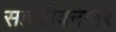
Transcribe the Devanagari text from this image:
सहजीवनावर